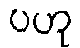
ပဟု